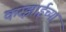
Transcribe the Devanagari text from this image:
करझाईच्या